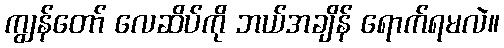
ကျွန်တော် လေဆိပ်ကို ဘယ်အချိန် ရောက်ရမလဲ။